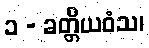
၁ - ခတ္တိယဝံသ၊